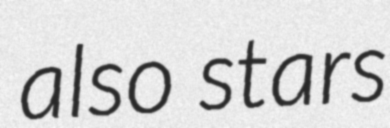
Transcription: also stars